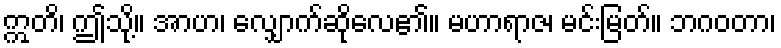
ဣတိ၊ ဤသို့။ အာဟ၊ လျှောက်ဆိုလေ၏။ မဟာရာဇ၊ မင်းမြတ်။ ဘဂဝတာ၊